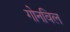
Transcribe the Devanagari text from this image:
गोनविल